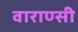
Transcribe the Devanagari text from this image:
वाराण्सी